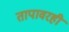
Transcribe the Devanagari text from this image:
तापावरही